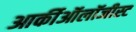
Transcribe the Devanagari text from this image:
आर्कीऑलॉजीस्ट